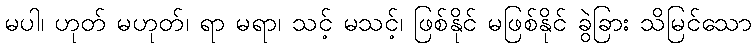
မပါ၊ ဟုတ် မဟုတ်၊ ရာ မရာ၊ သင့် မသင့်၊ ဖြစ်နိုင် မဖြစ်နိုင် ခွဲခြား သိမြင်သော